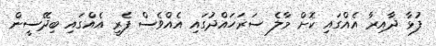
ފުޅާ ދާއިރާ އެއްގައި ކޮށް މާލެ ސަރަހައްދުގައި އެއްވެސް ފެރީ އެއްގައި ބިދޭސީން